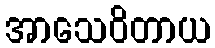
အာသေဝိတာယ